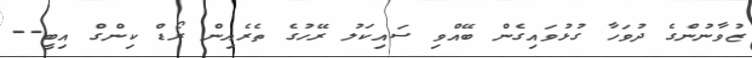
ޒުވާނުންގެ ދުވަހާ ގުޅުވައިގެން ބޭއްވި ސައިކަލު ރޭހުގެ ތެރެއިން ރޯޑް ކިންގް އިބީ--